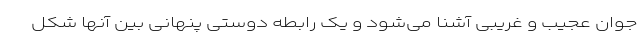
جوان عجیب و غریبی آشنا می‌شود و یک رابطه دوستی پنهانی بین آنها شکل